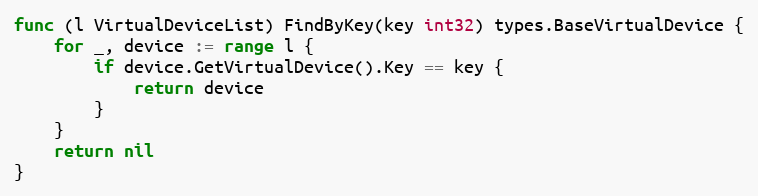
Language: Go
func (l VirtualDeviceList) FindByKey(key int32) types.BaseVirtualDevice {
	for _, device := range l {
		if device.GetVirtualDevice().Key == key {
			return device
		}
	}
	return nil
}